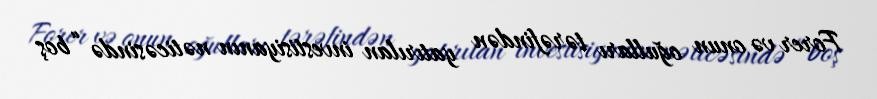
Forer və onun oğulları tərəfindən yatırılan investisiyanın nəticəsində “boş